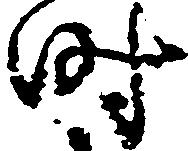
時